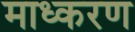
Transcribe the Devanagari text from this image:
माध्करण